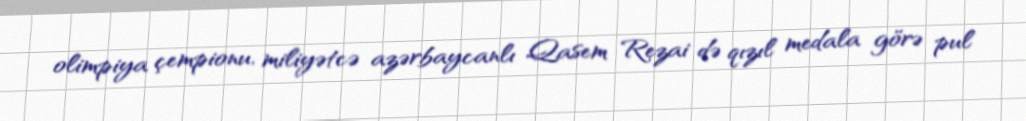
olimpiya çempionu, miliyətcə azərbaycanlı Qasem Rezai də qızıl medala görə pul